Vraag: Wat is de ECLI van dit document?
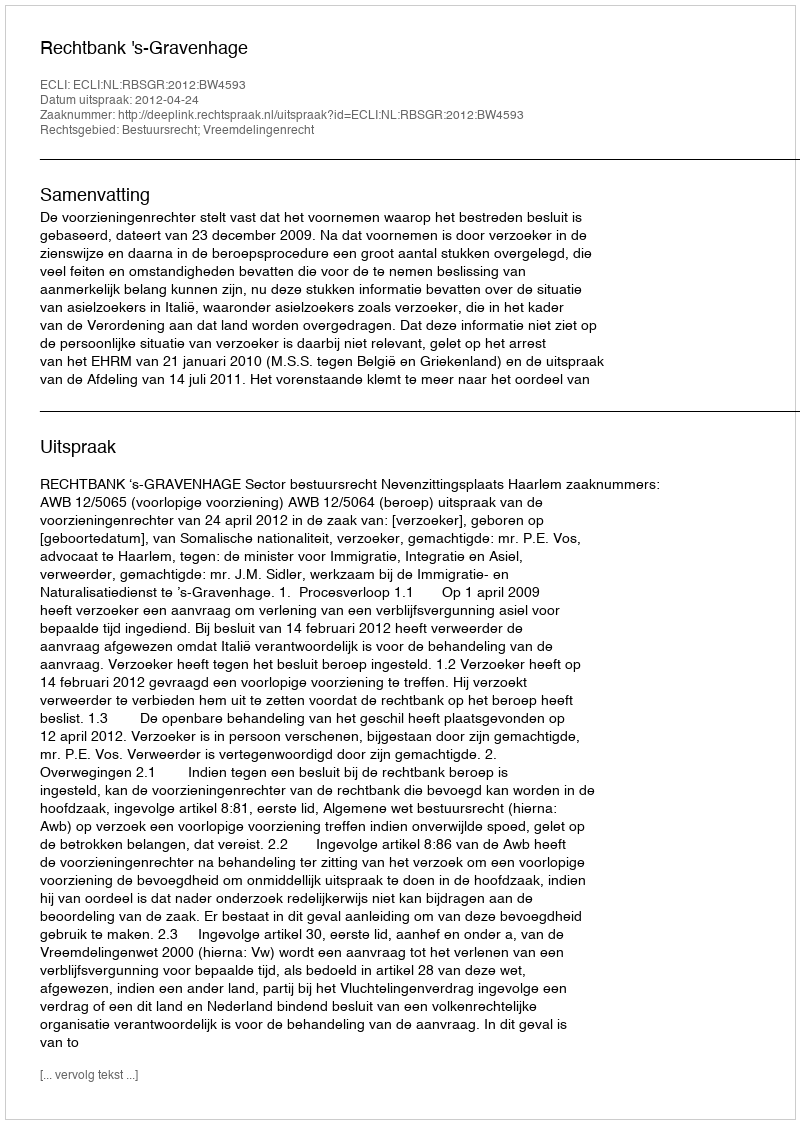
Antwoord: ECLI:NL:RBSGR:2012:BW4593